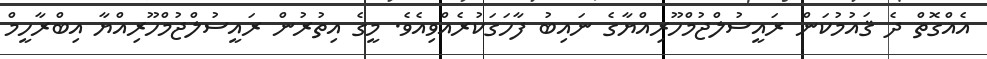
އެއްގޮތް ދެ ޤައުމުކަން ރައީސުލްޖުމްހޫރިއްޔާގެ ނައިބު ފާހަގަކުރެއްވިއެވެ. މީގެ އިތުރުން ރައީސުލްޖުމްހޫރިއްޔާ އިބްރާހީމް